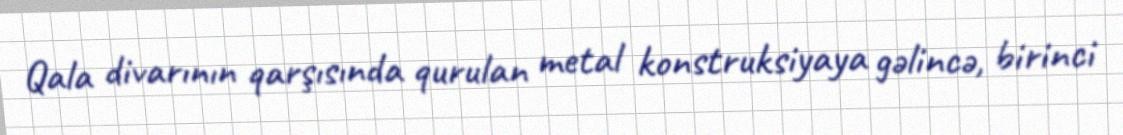
Qala divarının qarşısında qurulan metal konstruksiyaya gəlincə, birinci